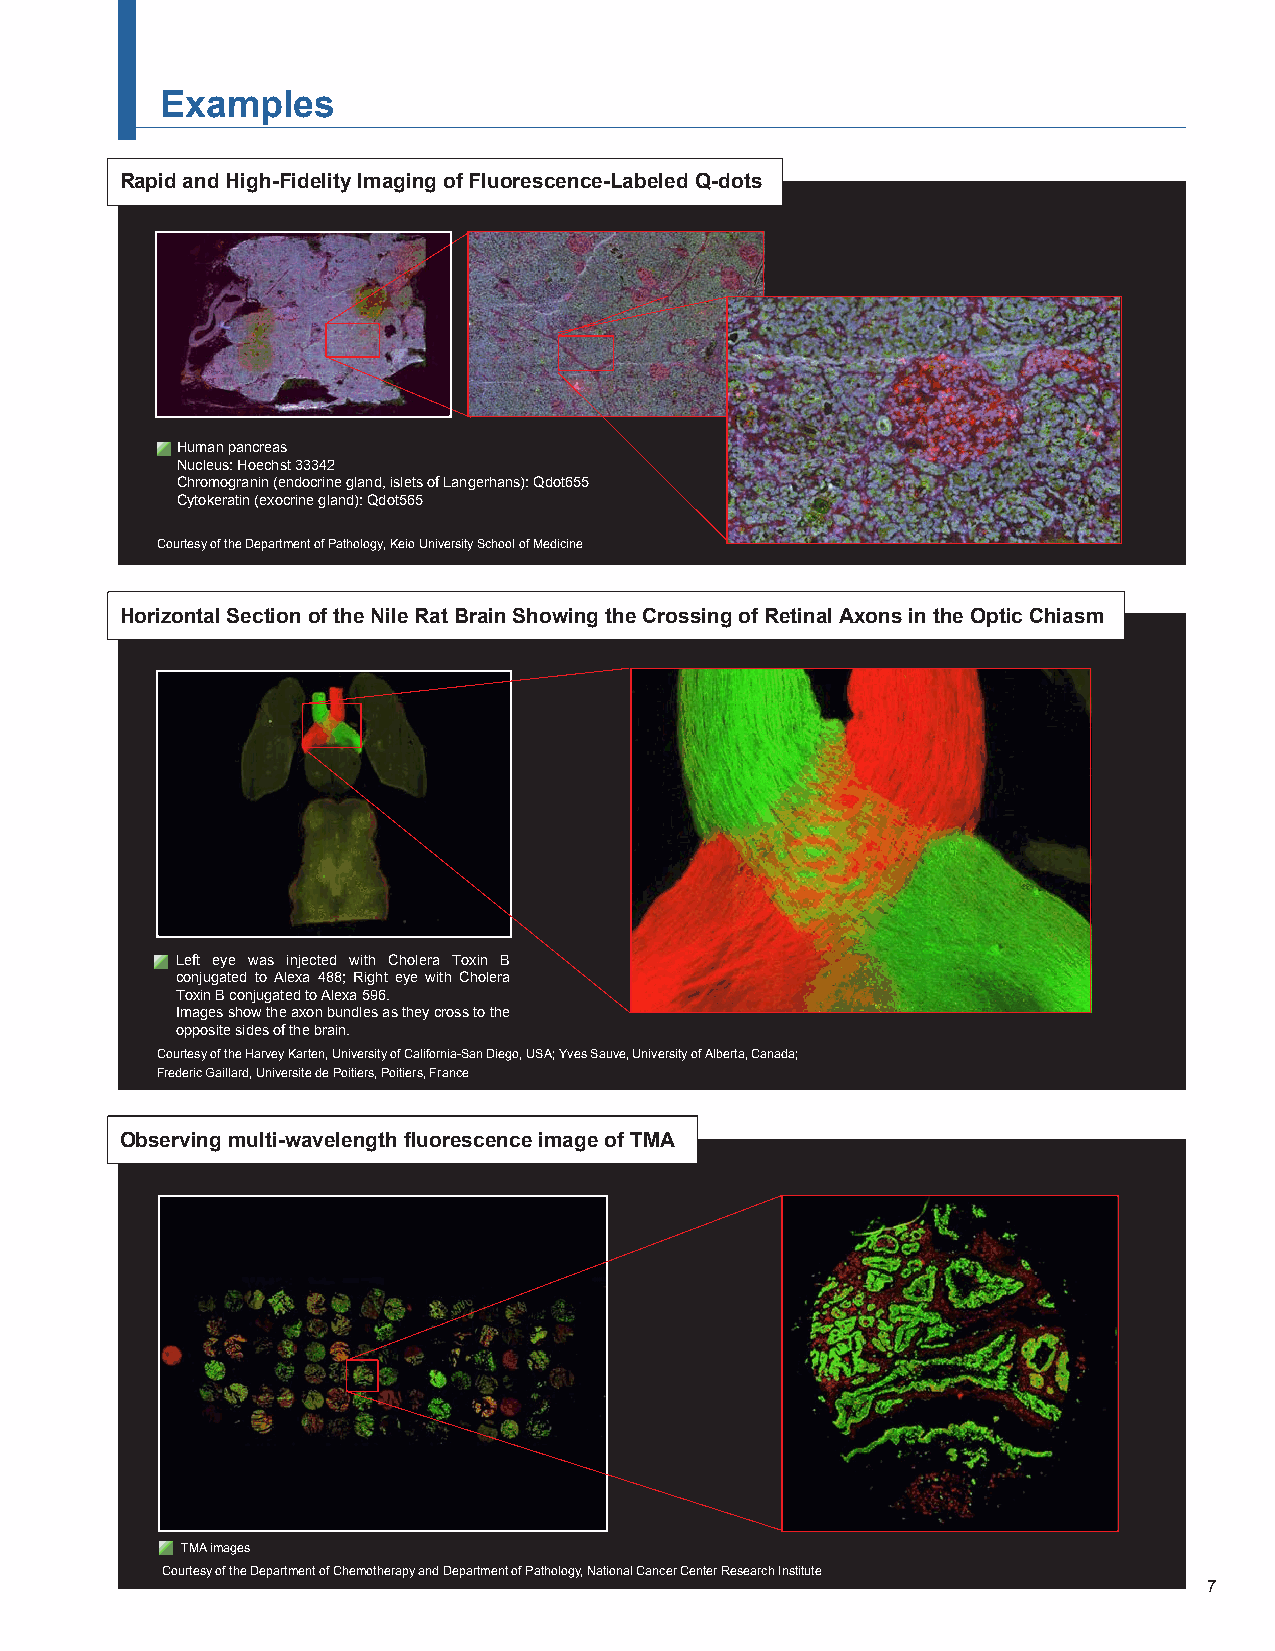
Examples
 Rapid and High-Fidelity Imaging of Fluorescence-Labeled Q-dots
 Human pancreas
 Nucleus: Hoechst 33342
 Chromogranin (endocrine gland, islets of Langerhans): Qdot655
 Cytokeratin (exocrine gland): Qdot565
 Courtesy of the Department of Pathology, Keio University School of Medicine
 Horizontal Section of the Nile Rat Brain Showing the Crossing of Retinal Axons in the Optic Chiasm
 Left eye was injected with Cholera Toxin B
 conjugated to Alexa 488; Right eye with Cholera
 Toxin B conjugated to Alexa 596.
 Images show the axon bundles as they cross to the
 opposite sides of the brain.
 Courtesy of the Harvey Karten, University of California-San Diego, USA; Yves Sauve, University of Alberta, Canada;
 Frederic Gaillard, Universite de Poitiers, Poitiers, France
 Observing multi-wavelength fluorescence image of TMA
 TMA images
 Courtesy of the Department of Chemotherapy and Department of Pathology, National Cancer Center Research Institute
 7